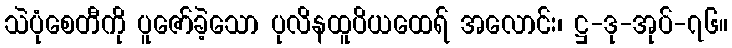
သဲပုံစေတီကို ပူဇော်ခဲ့သော ပုလိနထူပိယထေရ် အလောင်း၊ ဋ္ဌ-ဒု-အုပ်-၇၆။